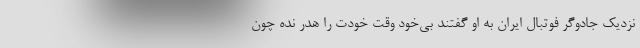
نزدیک جادوگر فوتبال ایران به او گفتند بی‌خود وقت خودت را هدر نده چون